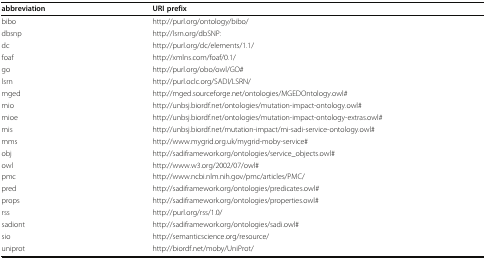
<table><thead><tr><td><b>abbreviation</b></td><td><b>URI prefix</b></td></tr></thead><tbody><tr><td>bibo</td><td>http://purl.org/ontology/bibo/</td></tr><tr><td>dbsnp</td><td>http://lsrn.org/dbSNP:</td></tr><tr><td>dc</td><td>http://purl.org/dc/elements/1.1/</td></tr><tr><td>foaf</td><td>http://xmlns.com/foaf/0.1/</td></tr><tr><td>go</td><td>http://purl.org/obo/owl/GO#</td></tr><tr><td>lsrn</td><td>http://purl.oclc.org/SADI/LSRN/</td></tr><tr><td>mged</td><td>http://mged.sourceforge.net/ontologies/MGEDOntology.owl#</td></tr><tr><td>mio</td><td>http://unbsj.biordf.net/ontologies/mutation-impact-ontology.owl#</td></tr><tr><td>mioe</td><td>http://unbsj.biordf.net/ontologies/mutation-impact-ontology-extras.owl#</td></tr><tr><td>mis</td><td>http://unbsj.biordf.net/mutation-impact/mi-sadi-service-ontology.owl#</td></tr><tr><td>mms</td><td>http://www.mygrid.org.uk/mygrid-moby-service#</td></tr><tr><td>obj</td><td>http://sadiframework.org/ontologies/service_objects.owl#</td></tr><tr><td>owl</td><td>http://www.w3.org/2002/07/owl#</td></tr><tr><td>pmc</td><td>http://www.ncbi.nlm.nih.gov/pmc/articles/PMC/</td></tr><tr><td>pred</td><td>http://sadiframework.org/ontologies/predicates.owl#</td></tr><tr><td>props</td><td>http://sadiframework.org/ontologies/properties.owl#</td></tr><tr><td>rss</td><td>http://purl.org/rss/1.0/</td></tr><tr><td>sadiont</td><td>http://sadiframework.org/ontologies/sadi.owl#</td></tr><tr><td>sio</td><td>http://semanticscience.org/resource/</td></tr><tr><td>uniprot</td><td>http://biordf.net/moby/UniProt/</td></tr></tbody></table>